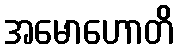
အမောဟောတိ